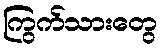
ကြွက်သားတွေ